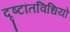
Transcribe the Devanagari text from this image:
दृष्टांतविधियों